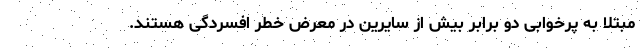
مبتلا به پرخوابی دو برابر بیش از سایرین در معرض خطر افسردگی هستند.